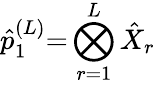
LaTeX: \hat{p}_{1}^{(L)}{=}\bigotimes_{r=1}^{L}\hat{X}_{r}